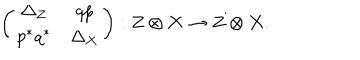
\left( \begin{array} { c c } { { \Delta _ { Z } } } & { { q p } } \\ { { p ^ { * } q ^ { * } } } & { { \Delta _ { X } } } \\ \end{array} \right) : Z \otimes X \to Z \otimes X .